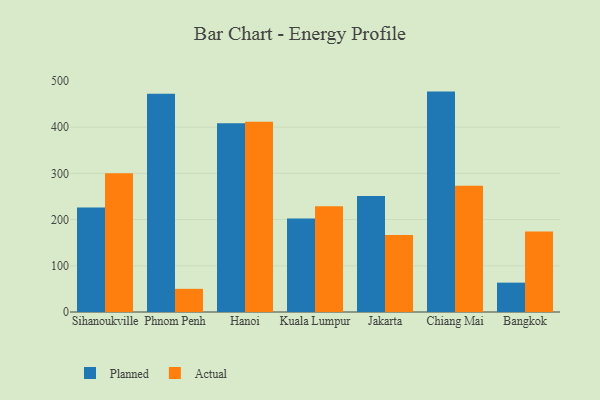
{"axis": {"x": "City", "y": "Net Income (USD K)"}, "legend": ["Actual", "Planned"], "data": [{"x": "Sihanoukville", "y": 226.2, "type": "Planned"}, {"x": "Sihanoukville", "y": 300.2, "type": "Actual"}, {"x": "Phnom Penh", "y": 471.9, "type": "Planned"}, {"x": "Phnom Penh", "y": 50.1, "type": "Actual"}, {"x": "Hanoi", "y": 408.4, "type": "Planned"}, {"x": "Hanoi", "y": 411.4, "type": "Actual"}, {"x": "Kuala Lumpur", "y": 202.4, "type": "Planned"}, {"x": "Kuala Lumpur", "y": 228.8, "type": "Actual"}, {"x": "Jakarta", "y": 250.7, "type": "Planned"}, {"x": "Jakarta", "y": 166.6, "type": "Actual"}, {"x": "Chiang Mai", "y": 476.8, "type": "Planned"}, {"x": "Chiang Mai", "y": 273.3, "type": "Actual"}, {"x": "Bangkok", "y": 63.5, "type": "Planned"}, {"x": "Bangkok", "y": 174.2, "type": "Actual"}]}